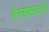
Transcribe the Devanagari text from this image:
बेन्डेलस्ट्रासे